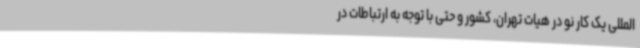
المللی یک کار نو در هیات تهران، کشور و حتی با توجه به ارتباطات در